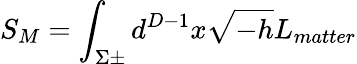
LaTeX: S_{M}=\int_{\Sigma\pm}d^{D-1}x\sqrt{-h}L_{matter}